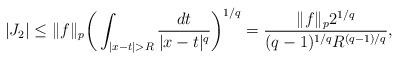
LaTeX: \begin{align*}\vert J_2\vert\leq \Vert f\Vert_p\bigg(\int_{\vert x-t\vert>R}\frac{dt}{\vert x-t\vert^q}\bigg)^{1/q}=\frac{ \Vert f\Vert_p2^{1/q}}{(q-1)^{1/q}R^{(q-1)/q}},\end{align*}